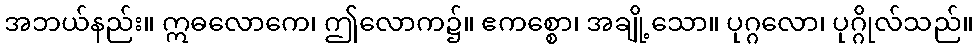
အဘယ်နည်း။ ဣဓလောကေ၊ ဤလောက၌။ ဧကစ္စော၊ အချို့သော။ ပုဂ္ဂလော၊ ပုဂ္ဂိုလ်သည်။